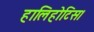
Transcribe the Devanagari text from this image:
हालिहोटिस।